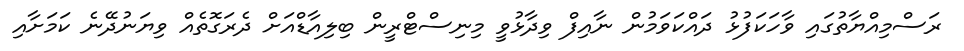
ރަސްމިއްޔާތުގައި ވާހަކަފުޅު ދައްކަވަމުން ނާއިިފް ވިދާޅުވީ މިނިސްޓްރީން ބިލިއާޑްއަށް ދެރަގޮތެއް ވިޔަނުދޭނެ ކަމަށާއި